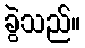
ခွဲသည်။